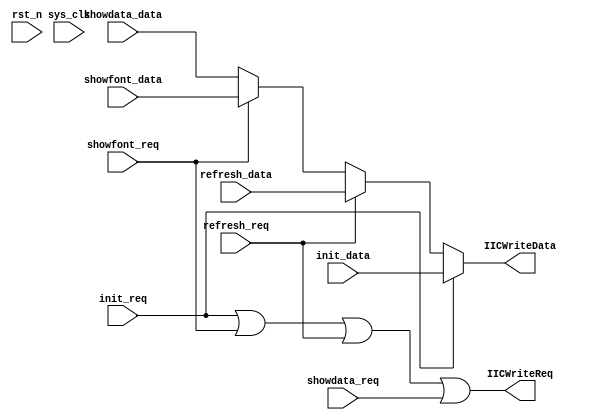
module OLED_SelData(
	
	input				sys_clk,
	input				rst_n,
	
	
	input				init_req,
	input[23:0]		init_data,
	
	input				refresh_req,
	input[23:0]		refresh_data,
	
	input				showfont_req,
	input[23:0]	   showfont_data,
	
	input				showdata_req,
	input[23:0]		showdata_data, 
	
	output			IICWriteReq,
	output[23:0]	IICWriteData
);

reg       IICWriteReqReg;
reg[23:0] IICWriteDataReg; 

assign IICWriteReq  = init_req | showfont_req | refresh_req | showdata_req;
assign IICWriteData = (init_req == 1'b1) ? init_data : (refresh_req == 1'b1) ? refresh_data : (showfont_req == 1'b1) ? showfont_data : showdata_data;


endmodule